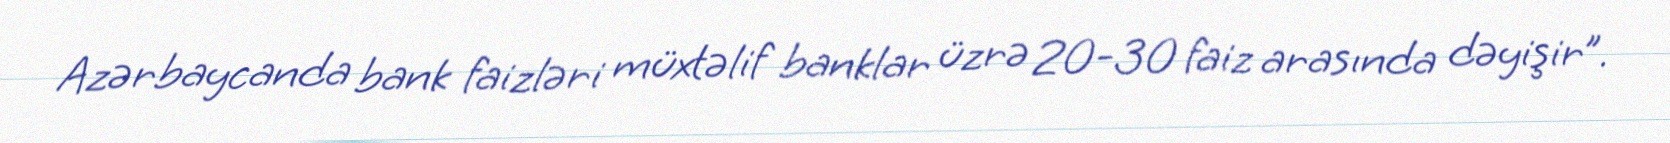
Azərbaycanda bank faizləri müxtəlif banklar üzrə 20-30 faiz arasında dəyişir”.